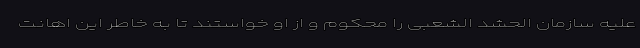
علیه سازمان الحشد الشعبی را محکوم و از او خواستند تا به خاطر این اهانت